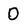
Character: O